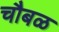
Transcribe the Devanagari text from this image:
चौबळ